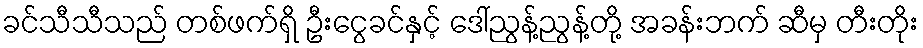
ခင်သီသီသည် တစ်ဖက်ရှိ ဦးငွေခင်နှင့် ဒေါ်ညွန့်ညွန့်တို့ အခန်းဘက် ဆီမှ တီးတိုး